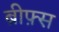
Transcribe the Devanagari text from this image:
ब्रीफ़्स